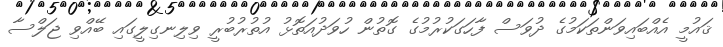
ޤައުމީ އެއްބައިވަންތަކަމުގެ ދުވަސް ފާހަގަކުރުމުގެ ގޮތުން ހުވަދުއަތޮޅު އުތުރުބުރީ ވިލިނގިލީގައި ބޭއްވި ޖަލްސާ